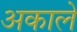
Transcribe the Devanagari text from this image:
अकाले